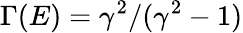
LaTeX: \Gamma(E)=\gamma^{2}/(\gamma^{2}-1)